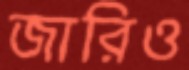
জারিও